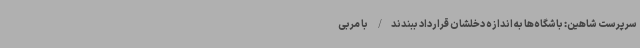
سرپرست شاهین: باشگاه‌ها به اندازه دخلشان قرارداد ببندند/ با مربی